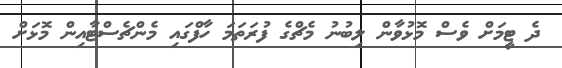
ދެ ޓީމަށް ވެސް މޮޅުވާން ލިބުނު މެޗްގެ ފުރަތަމަ ހާފްގައި މެންޗެސްޓާއިން މޮޅަށް